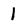
Character: 1